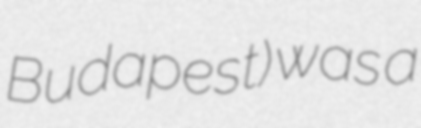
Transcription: Budapest) was a